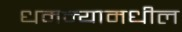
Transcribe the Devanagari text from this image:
धमन्यामधील